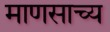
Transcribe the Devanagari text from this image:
माणसाच्य